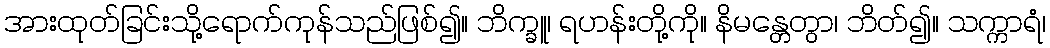
အားထုတ်ခြင်းသို့ရောက်ကုန်သည်ဖြစ်၍။ ဘိက္ခူ၊ ရဟန်းတို့ကို။ နိမန္တေတွာ၊ ဘိတ်၍။ သက္ကာရံ၊